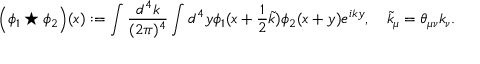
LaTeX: \Big ( \phi _ { 1 } \star \phi _ { 2 } \Big ) ( x ) : = \int \frac { d ^ { 4 } k } { ( 2 \pi ) ^ { 4 } } \int d ^ { 4 } y \phi _ { 1 } ( x + \frac 1 2 \tilde { k } ) \phi _ { 2 } ( x + y ) e ^ { i k y } , \quad \tilde { k } _ { \mu } = \theta _ { \mu \nu } k _ { \nu } .